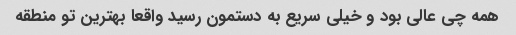
همه چی عالی بود و خیلی سریع به دستمون رسید واقعا بهترین تو منطقه